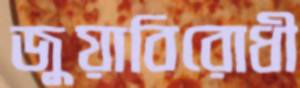
জুয়াবিরোধী